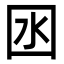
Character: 囦